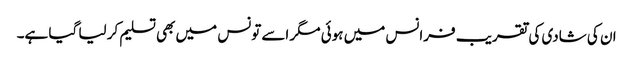
ان کی شادی کی تقریب فرانس میں ہوئی مگر اسے تونس میں بھی تسلیم کر لیا گیا ہے۔